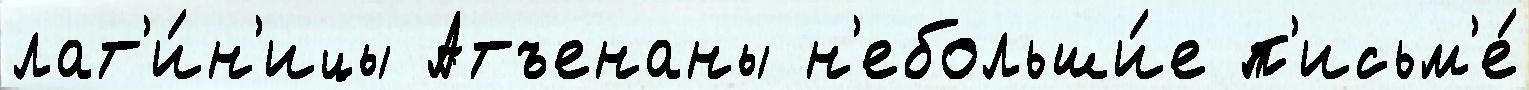
лат'и́н'ицы Атъенаны н'ебольши́е п'исьм'е́